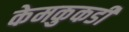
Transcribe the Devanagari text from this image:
केमकुकडी